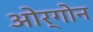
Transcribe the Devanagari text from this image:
ओर्गोन